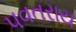
પવતરાય